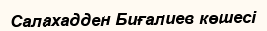
Салахадден Биғалиев көшесі